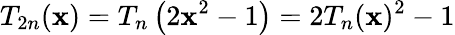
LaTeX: T_{2n}(\mathbf{x})=T_{n}\left(2\mathbf{x}^{2}-1\right)=2T_{n}(\mathbf{x})^{2}-1